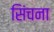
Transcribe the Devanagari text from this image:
सिंचना